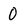
Character: 0